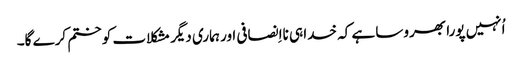
‏ اُنہیں پورا بھروسا ہے کہ خدا ہی نااِنصافی اور ہماری دیگر مشکلات کو ختم کرے گا۔